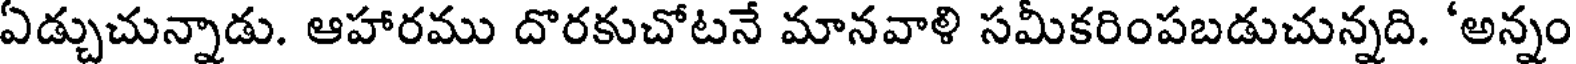
ఏడ్చుచున్నాడు. ఆహారము దొరకుచోటనే మానవాళి సమీకరింపబడుచున్నది. 'అన్నం